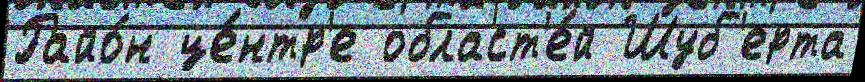
Райо́н це́нтр'е област'е́й Шуб'ерта